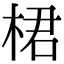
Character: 桾